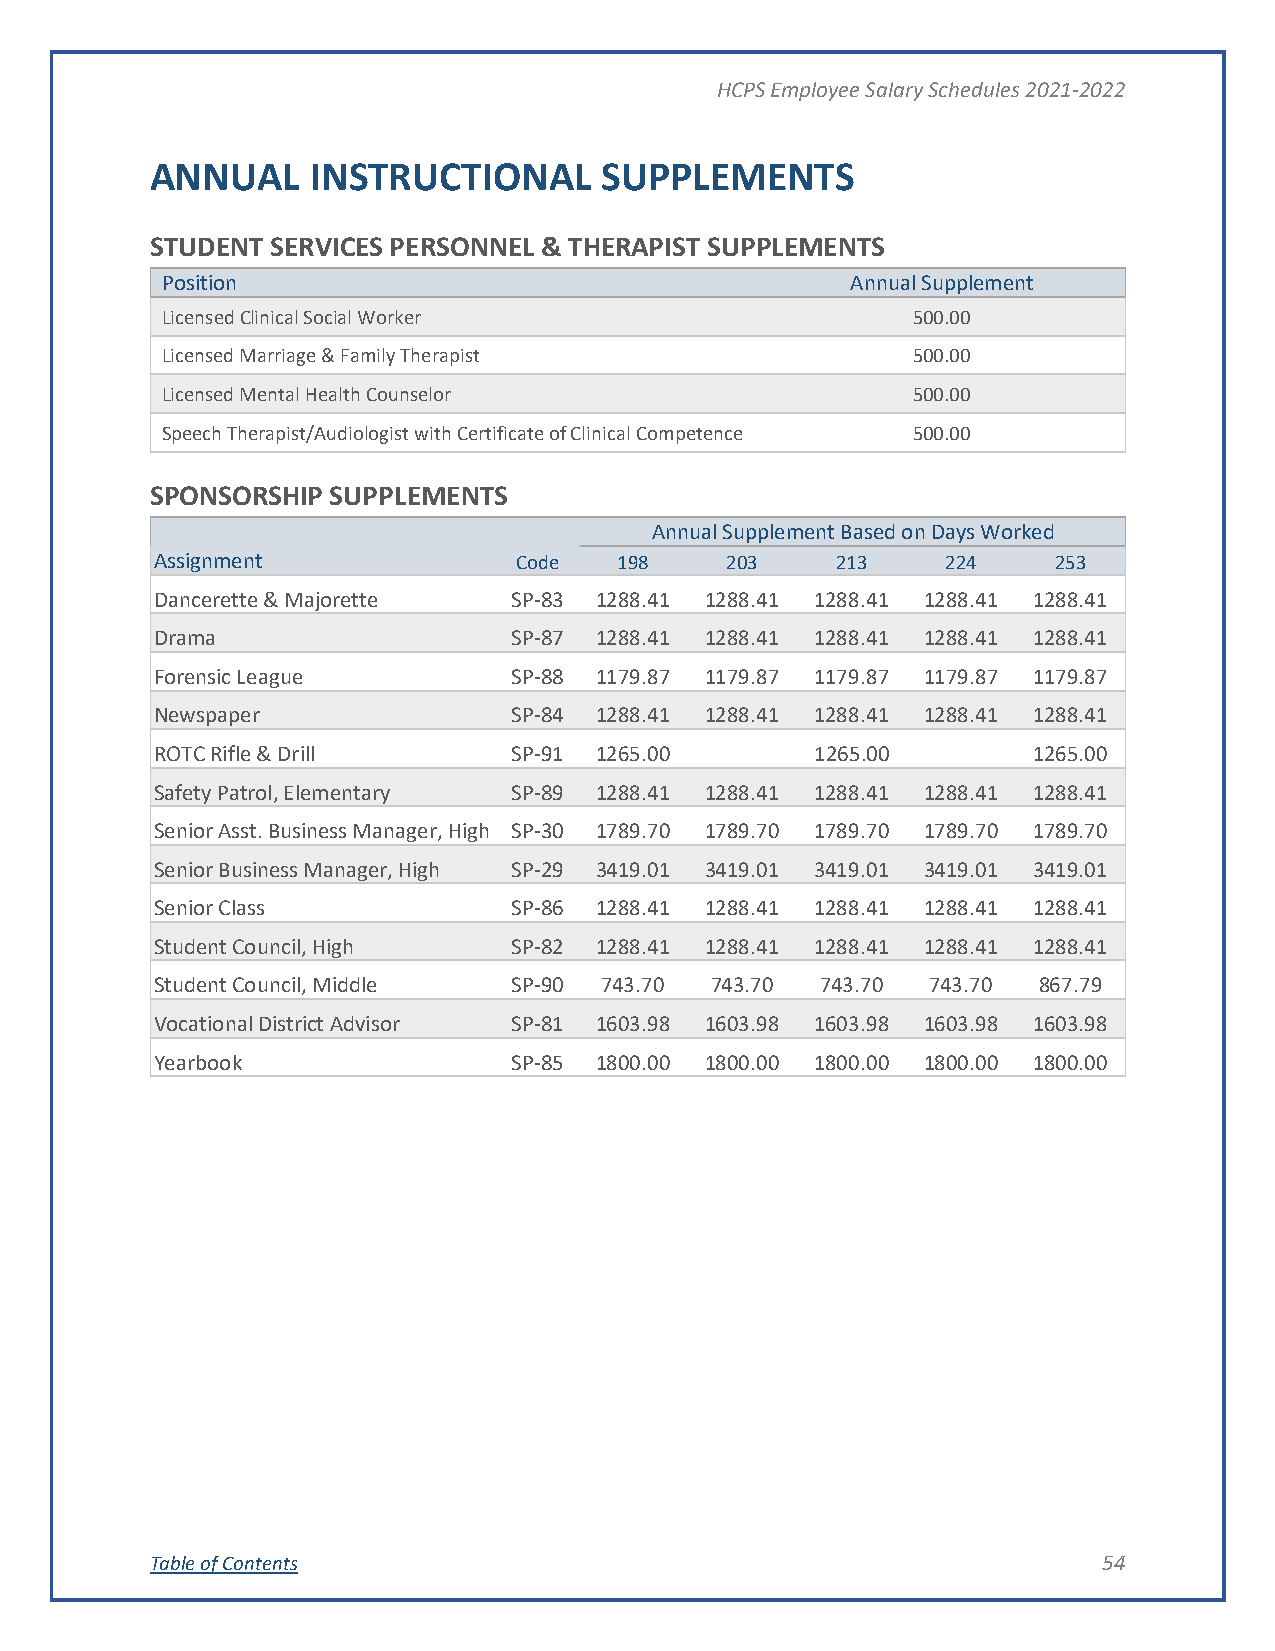
HCPS Employee Salary Schedules 2021-2022
 ANNUAL     INSTRUCTIONAL      SUPPLEMENTS
 STUDENT SERVICES PERSONNEL & THERAPIST SUPPLEMENTS
 Position                                     Annual Supplement
 Licensed Clinical Social Worker                  500.00
 Licensed Marriage & Family Therapist             500.00
 Licensed Mental Health Counselor                 500.00
 Speech Therapist/Audiologist with Certificate of Clinical Competence 500.00
 SPONSORSHIP SUPPLEMENTS
 Annual Supplement Based on Days Worked
 Assignment              Code   198    203    213     224    253
 Dancerette & Majorette  SP-83 1288.41 1288.41 1288.41 1288.41 1288.41
 Drama                   SP-87 1288.41 1288.41 1288.41 1288.41 1288.41
 Forensic League         SP-88 1179.87 1179.87 1179.87 1179.87 1179.87
 Newspaper               SP-84 1288.41 1288.41 1288.41 1288.41 1288.41
 ROTC Rifle & Drill      SP-91 1265.00       1265.00       1265.00
 Safety Patrol, Elementary SP-89 1288.41 1288.41 1288.41 1288.41 1288.41
 Senior Asst. Business Manager, High SP-30 1789.70 1789.70 1789.70 1789.70 1789.70
 Senior Business Manager, High SP-29 3419.01 3419.01 3419.01 3419.01 3419.01
 Senior Class            SP-86 1288.41 1288.41 1288.41 1288.41 1288.41
 Student Council, High   SP-82 1288.41 1288.41 1288.41 1288.41 1288.41
 Student Council, Middle SP-90 743.70 743.70 743.70  743.70 867.79
 Vocational District Advisor SP-81 1603.98 1603.98 1603.98 1603.98 1603.98
 Yearbook                SP-85 1800.00 1800.00 1800.00 1800.00 1800.00
 Table of Contents                                              54